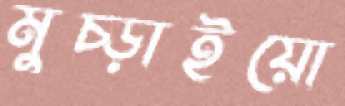
মুচ্‌ড়াইয়ো